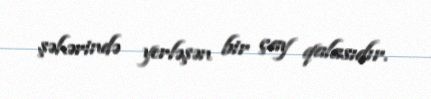
şəhərində yerləşən bir çay qalasıdır.